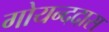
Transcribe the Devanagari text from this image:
गोयन्ददास